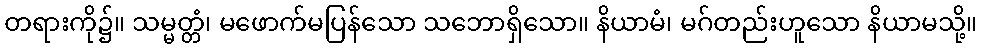
တရားကို၌။ သမ္မတ္တံ၊ မဖောက်မပြန်သော သဘောရှိသော။ နိယာမံ၊ မဂ်တည်းဟူသော နိယာမသို့။